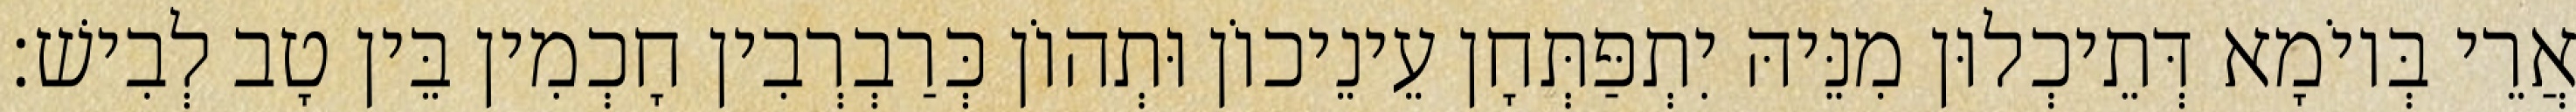
אֲרֵי בְּיוֹמָא דְּתֵיכְלוּן מִנֵּיהּ יִתְפַּתְּחָן עֵינֵיכוֹן וּתְהוֹן כְּרַבְרְבִין חָכְמִין בֵּין טָב לְבִישׁ׃